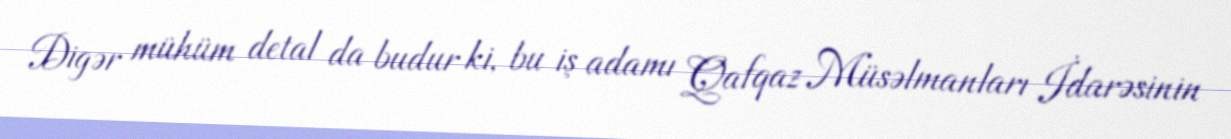
Digər mühüm detal da budur ki, bu iş adamı Qafqaz Müsəlmanları İdarəsinin